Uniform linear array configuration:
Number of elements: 64
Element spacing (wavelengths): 0.75
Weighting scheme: hann
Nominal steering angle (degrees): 15
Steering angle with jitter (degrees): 16.575
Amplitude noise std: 0.05
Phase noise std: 0.05

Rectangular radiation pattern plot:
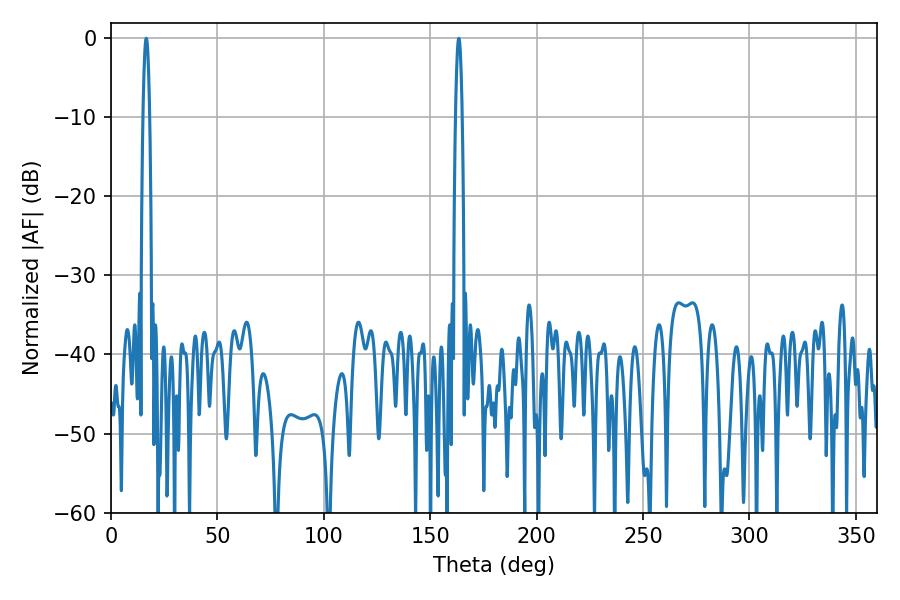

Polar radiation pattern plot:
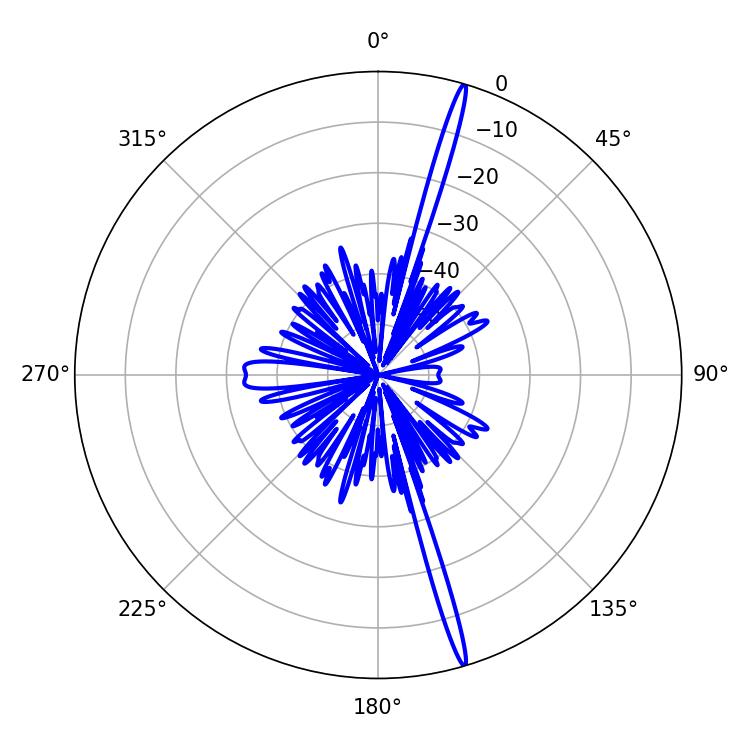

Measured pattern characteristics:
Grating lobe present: TRUE
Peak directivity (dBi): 20.251
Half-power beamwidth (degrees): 1.8
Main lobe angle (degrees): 16.56